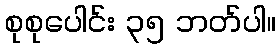
စုစုပေါင်း ၃၅ ဘတ်ပါ။